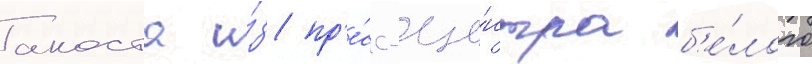
акоста и́з пр'е́сс-це́нтра б'е́лого